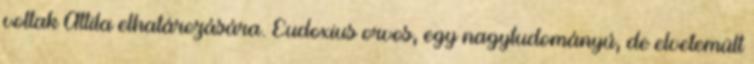
voltak Attila elhatározására. Eudoxius orvos, egy nagytudományú, de elvetemült